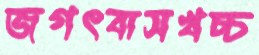
জগৎবাসখচ্চ